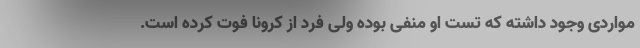
مواردی وجود داشته که تست او منفی بوده ولی فرد از کرونا فوت کرده است.